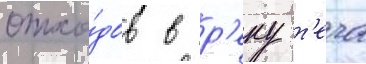
отхо́дов в р'еку т'еча